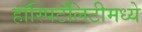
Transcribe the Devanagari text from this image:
हॉस्पिटॅलिटीमध्ये